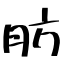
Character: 肪